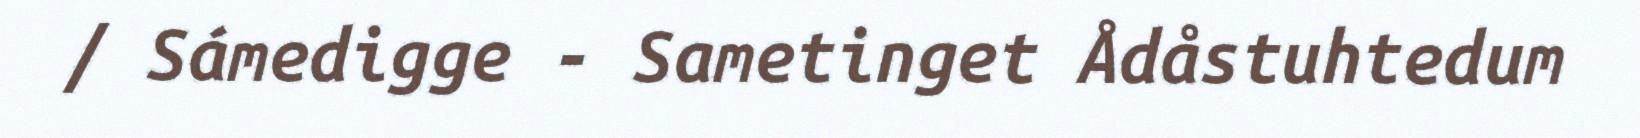
/ Sámedigge - Sametinget Ådåstuhtedum